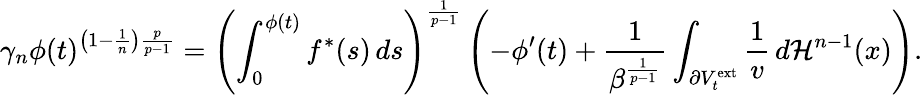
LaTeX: \gamma_{n}\phi(t)^{\left(1-\frac{1}{n}\right)\frac{p}{p-1}}=\left(\int_{0}^{\phi(t)}f^{\ast}(s)\, ds\right)^{\frac{1}{p-1}}\left(-\phi^{\prime}(t)+\frac{1}{\beta^{\frac{1}{p-1}}}\int_{\partial V_{t}^{\mathrm{ext}}}\frac{1}{v}\, d\mathcal{H}^{n-1}(x)\right).